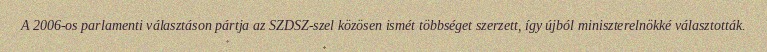
A 2006-os parlamenti választáson pártja az SZDSZ-szel közösen ismét többséget szerzett, így újból miniszterelnökké választották.